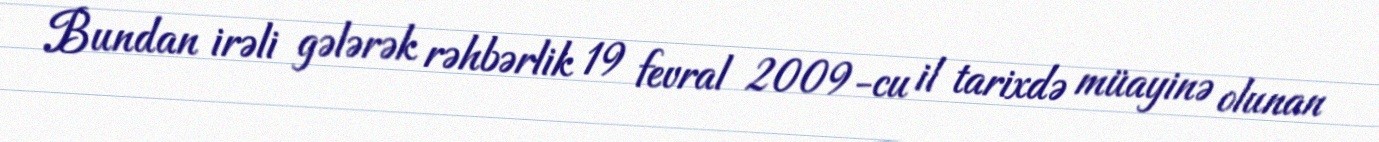
Bundan irəli gələrək rəhbərlik 19 fevral 2009-cu il tarixdə müayinə olunan